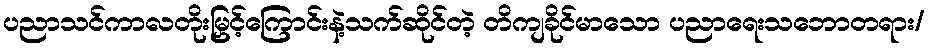
ပညာသင်ကာလတိုးမြှင့်ကြောင်းနဲ့သက်ဆိုင်တဲ့ တိကျခိုင်မာသော ပညာရေးသဘောတရား/